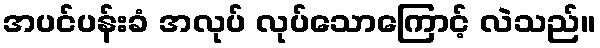
အပင်ပန်းခံ အလုပ် လုပ်သောကြောင့် လဲသည်။